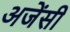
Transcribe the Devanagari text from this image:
अजेंसी